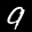
Label: 9